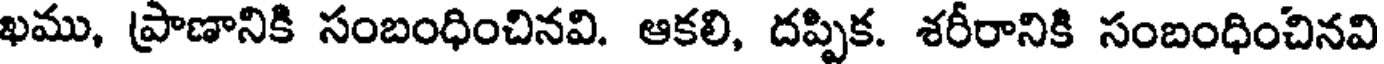
ఖము, ప్రాణానికి సంబంధించినవి. ఆకలి, దప్పిక. శరీరానికి సంబంధించినవి